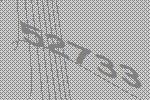
52733